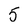
Character: 5